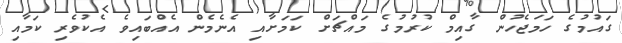
ގައުމުގެ ހަމަޖެހުން ގާއިމް ކުރުމުގެ މައްޗަށް ކަމަށާއި އެނެމެން އެއްބައިވެ އެކުވެރި ކަމާއި